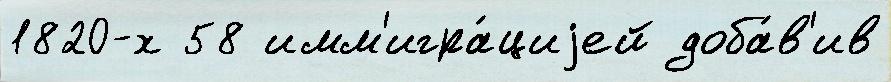
1820-х 58 имм'игра́циjей доба́в'ив